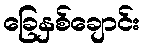
ခြေနှစ်ချောင်း